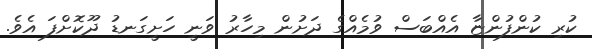
ކުރި ކުންފުންޏާ އެއްބަސް ވުމެއްގެ ދަށުން މިހާރު ވަނީ ހަށީގަނޑު ދޫކޮށްފަ އެވެ.